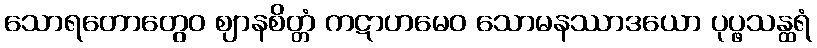
သောရတောတွေဝ ဈာနစိတ္တံ ကဋာဟမေဝ သောမနဿာဒယော ပုပ္ဖသန္ထရံ